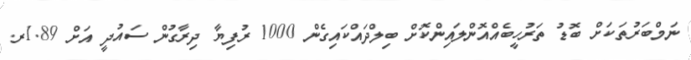
ނަމްބަރުތަކަށް ބޮޑު ތަރުހީބެއްއޮންލައިންކޮށް ބިލްދައްކައިގެން 1000 ރުފިޔާ ދިރާގުން ސައުދީ އަށް 1.89ރ.